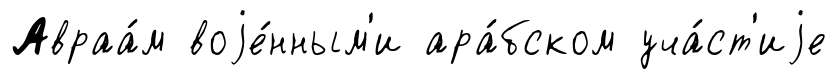
Авраа́м воjе́нным'и ара́бском уча́ст'иjе